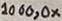
Text: 1000,0x